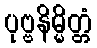
ပုဗ္ဗနိမ္မိတ္တံ